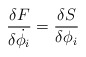
\begin{align*}{\delta F \over \delta \dot{\phi_i}} = {\delta S \over \delta \phi_i}\end{align*}